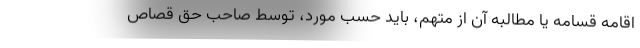
اقامه قسامه یا مطالبه آن از متهم، باید حسب مورد، توسط صاحب حق قصاص